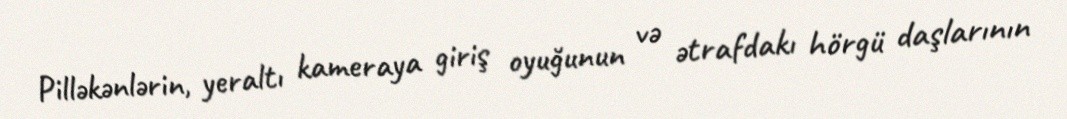
Pilləkənlərin, yeraltı kameraya giriş oyuğunun və ətrafdakı hörgü daşlarının